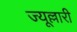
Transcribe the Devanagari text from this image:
ज्यूल्लारी